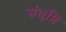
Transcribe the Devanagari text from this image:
संतृष्टि